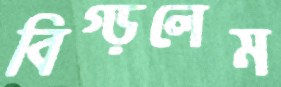
বিগ্‌ড়লেম